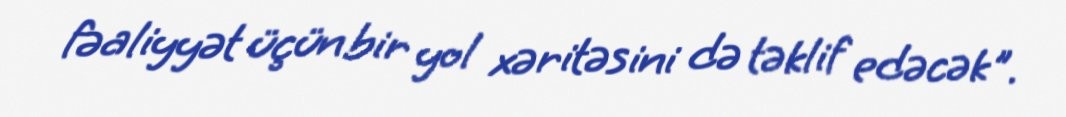
fəaliyyət üçün bir yol xəritəsini də təklif edəcək".